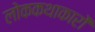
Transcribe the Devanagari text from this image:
लोककथाकारों